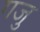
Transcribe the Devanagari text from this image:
गजु